Vaccination in Bombay 1924-1928 - 1924-1928
Year: 1924
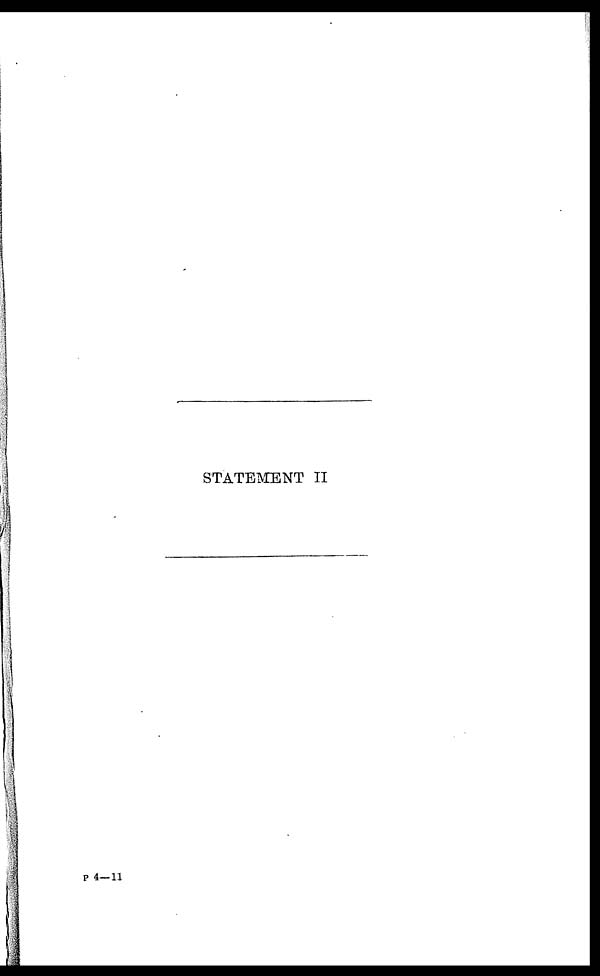
STATEMENT II
P 4—11